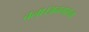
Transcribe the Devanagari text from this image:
चला।अनगसेना